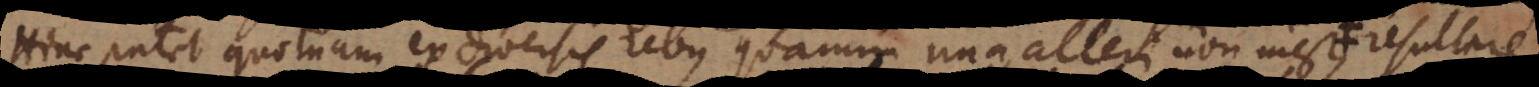
Hinc patet quotnam ex diversis rebus quarum una alteri non inest, resultare